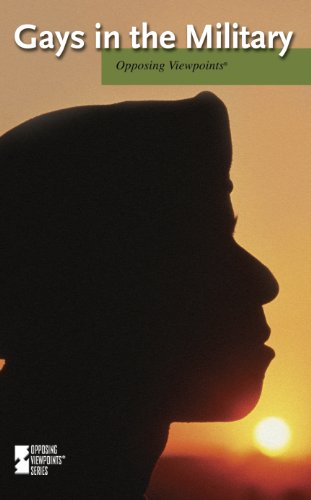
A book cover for Gays in the Military (Opposing Viewpoints); Noah Berlatsky; Teen & Young Adult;